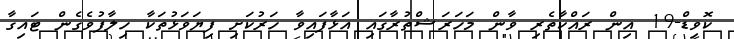
ކޮވިޑް-19 އިން ރައްކާތެރި ވާން މަހަރަޝްތުރާގައި އަޅާފައިވާ ހަރުކަށި ފިޔަވަޅުތަކާ ހިލާފުވެގެން ޓައިގާ